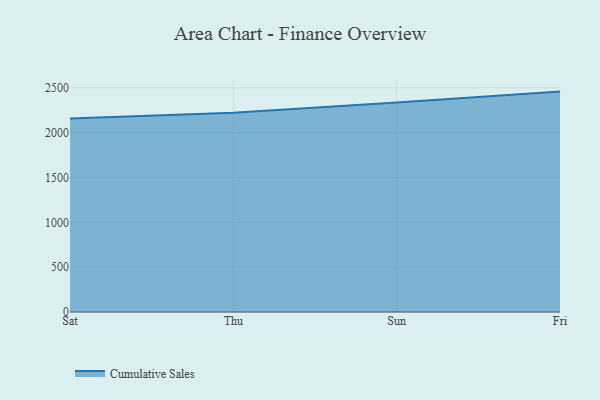
{"axis": {"x": "Day", "y": "Budget (USD K)"}, "legend": ["Cumulative Sales"], "data": [{"x": "Sat", "y": 2157.3, "type": "Cumulative Sales"}, {"x": "Thu", "y": 2223.4, "type": "Cumulative Sales"}, {"x": "Sun", "y": 2336.1, "type": "Cumulative Sales"}, {"x": "Fri", "y": 2458.1, "type": "Cumulative Sales"}]}